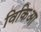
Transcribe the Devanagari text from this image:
विकिआ